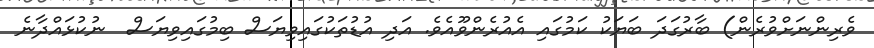
ވެރިންނަށްވުރެން) ބާރުގަދަ ބަޔަކު ކަމުގައި އެއުރެންވޫއެވެ. އަދި އުޑުތަކުގައިވިޔަސް ބިމުގައިވިޔަސް  ނުކުޅައްދާނެ